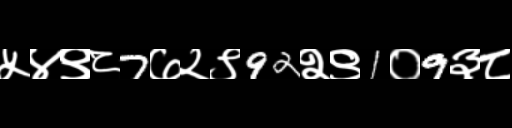
Text: ५४९८7७२९92२९1०9३८